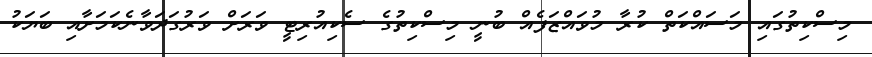
މިސްކިތުގައި މަސައްކަތް ކުރާ މުވައްޒަފެއް ބުނީ މިސްކިތުގެ ސެކިއުރިޓީ ވަރަށް ވަރުގަދަވާނެކަމަށާއި ބަޔަކު